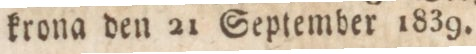
krona den 21 September 1839.